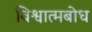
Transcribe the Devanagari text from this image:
विश्वात्मबोध